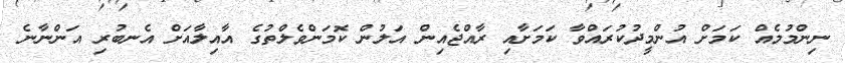
ނިންމުމެއް ކަމަށް އުންމީދުކުރައްވާ ކަމަށާއި ރާއްޖެއިން އަލުން ކޮމަންވެލްތުގެ އާއިލާއަށް އެނބުރި އަންނާނެ